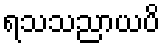
ရသသညာယပိ